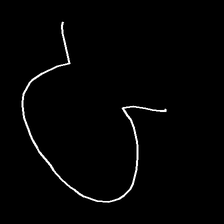
Glyph: weave